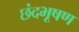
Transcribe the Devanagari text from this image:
छंदभूषण